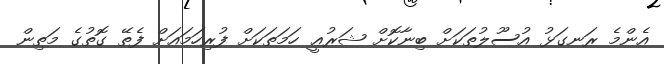
އެންމެ ރަނގަޅު އުސޫލުތަކަށް ބިނާކޮށް ޝަރުޢީ ހަމަތަކަށް ފުރިހަމައަށް ފެތޭ ގޮތުގެ މަތިން